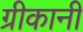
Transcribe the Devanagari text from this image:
ग्रीकानी